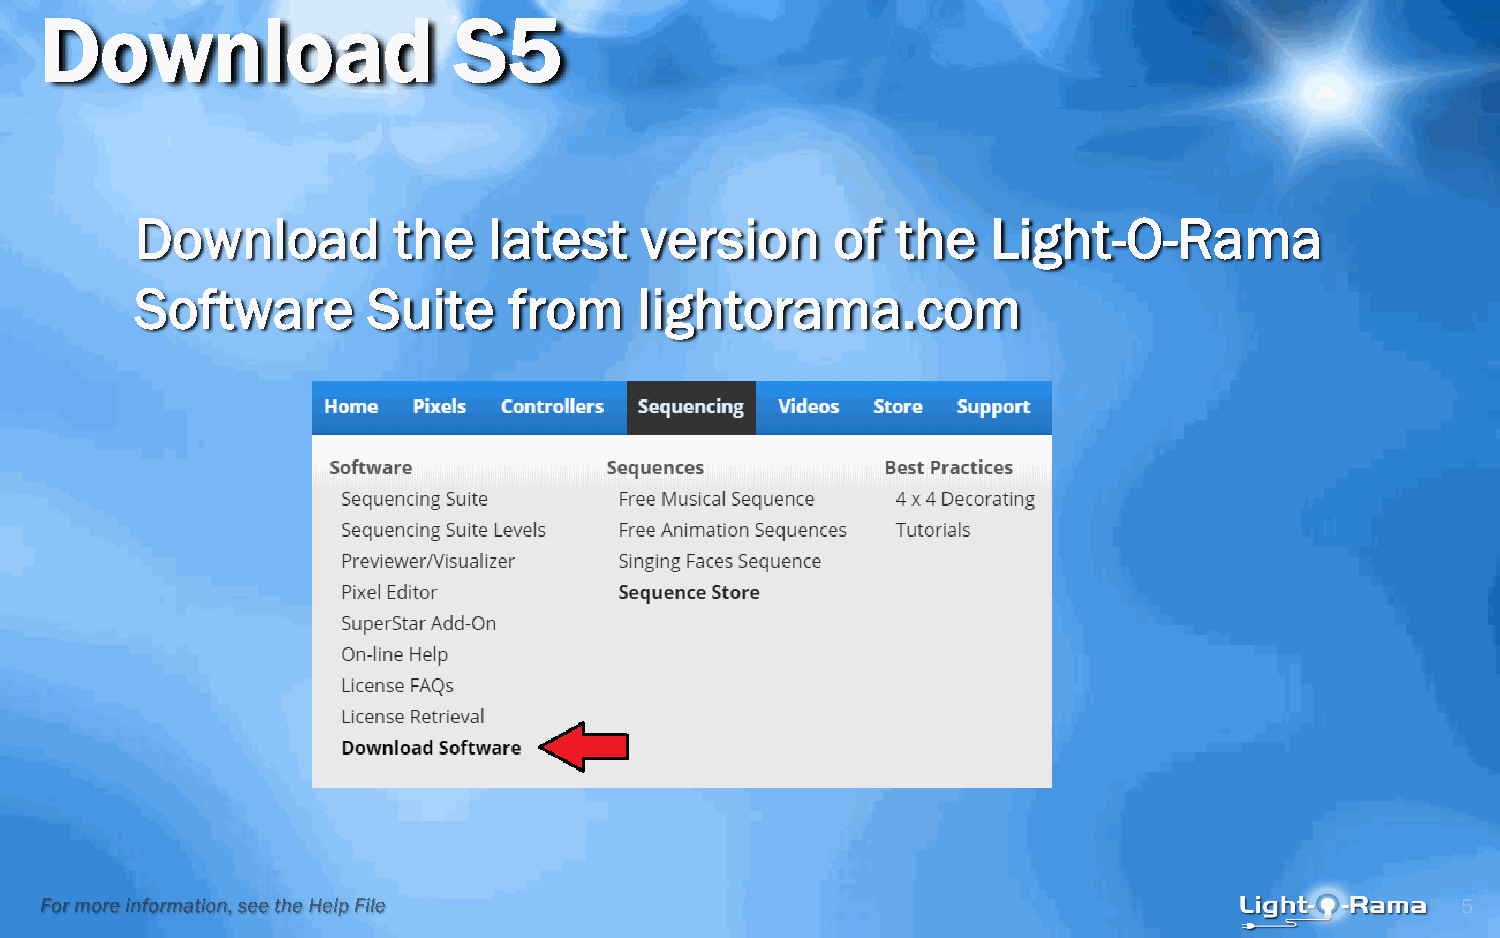
Download                   S5
 Download         the   latest    version      of  the    Light-O-Rama
 Software       Suite     from    lightorama.com
 5